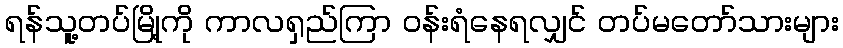
ရန်သူ့တပ်မြို့ကို ကာလရှည်ကြာ ဝန်းရံနေရလျှင် တပ်မတော်သားများ